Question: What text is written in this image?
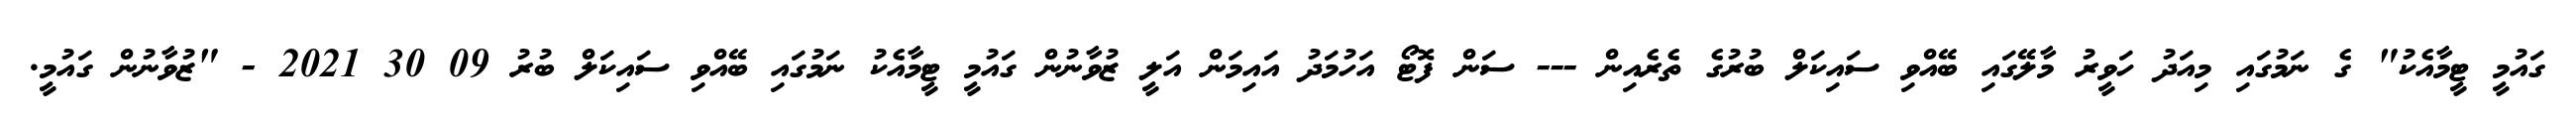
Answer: ގައުމީ ޓީމާއެކު" ގެ ނަމުގައި މިއަދު ހަވީރު މާލޭގައި ބޭއްވި ސައިކަލް ބުރުގެ ތެރެއިން --- ސަން ފޮޓޯ އަހުމަދު އައިމަން އަލީ ޒުވާނުން ގައުމީ ޓީމާއެކު ނަމުގައި ބޭއްވި ސައިކަލް ބުރު 09 30 2021 - "ޒުވާނުން ގައުމީ.